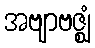
အဗျာဗဇ္ဈံ